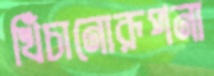
খিঁচানোরূপনা